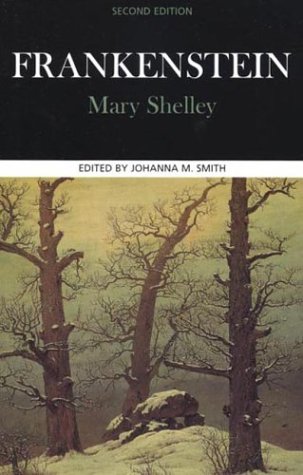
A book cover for Frankenstein (Case Studies in Contemporary Criticism); Mary Shelley; Science Fiction & Fantasy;